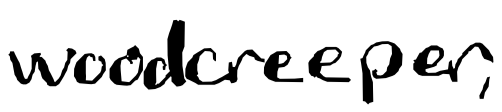
Text: woodcreeper,
Cross-out: clean
Writing tool: digital_black